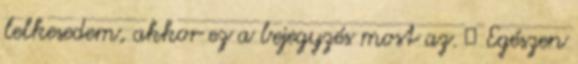
lelkesedem, akkor ez a bejegyzés most az. 😉 Egészen